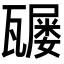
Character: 𤮒